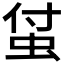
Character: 𧊆